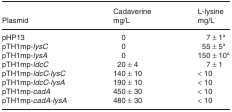
<table><thead><tr><td rowspan="2"><b>Plasmid</b></td><td><b>Cadaverine</b></td><td><b>L-lysine</b></td></tr><tr><td><b>mg/L</b></td><td><b>mg/L</b></td></tr></thead><tbody><tr><td>pHP13</td><td>0</td><td>7 ± 1a</td></tr><tr><td>pTH1mp-<i>lysC</i></td><td>0</td><td>55 ± 5a</td></tr><tr><td>pTH1mp-<i>lysA</i></td><td>0</td><td>150 ± 10a</td></tr><tr><td>pTH1mp-<i>ldcC</i></td><td>20 ± 4</td><td>7 ± 1</td></tr><tr><td>pTH1mp-<i>ldcC</i>-<i>lysC</i></td><td>140 ± 10</td><td>&lt; 10</td></tr><tr><td>pTH1mp-<i>ldcC</i>-<i>lysA</i></td><td>190 ± 10</td><td>&lt; 10</td></tr><tr><td>pTH1mp-<i>cadA</i></td><td>450 ± 30</td><td>&lt; 10</td></tr><tr><td>pTH1mp-<i>cadA</i>-<i>lysA</i></td><td>480 ± 30</td><td>&lt; 10</td></tr></tbody></table>